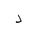
Letter: _dal